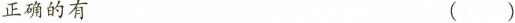
正确的有 ( )